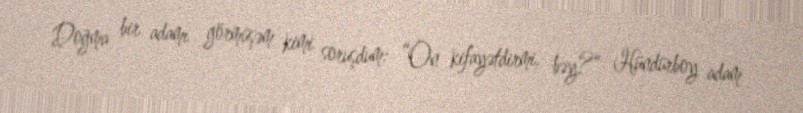
Doğma bir adamı görmüşəm kimi soruşdum: “On kifayətdirmi, bəy?” Hündürboy adam